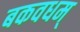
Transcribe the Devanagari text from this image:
बकवधम्